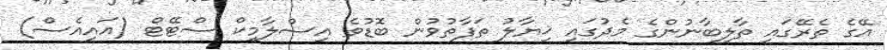
އޭގެ ތެރޭގައި ތާލިބާނުންގެ މެދުގައި ޚިޔާލު ތަފާތުވުން ބޮޑުވެ އިސްލާމިކް ސްޓޭޓް (އައިއެސް)